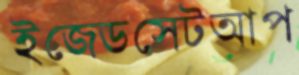
ইজেডসেটআপ